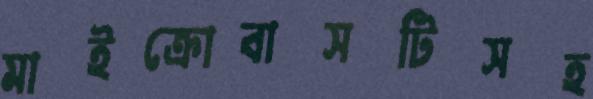
মাইক্রোবাসটিসহ